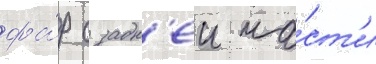
фа́р с задн'еи ча́ст'и